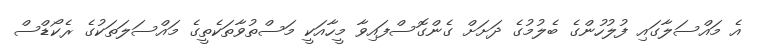
އެ މައްސަލާގައި ފުލުހުންގެ ބެލުމުގެ ދަށަށް ގެންގޮސްފައިވާ މީހާއަކީ މަސްތުވާތަކެތީގެ މައްސަލަތަކުގެ ރެކޯޑްސް